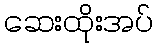
ဆေးထိုးအပ်